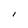
Character: I